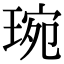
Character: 琬